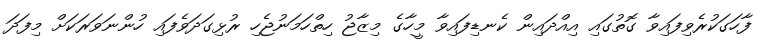
ފާހަގަކުރެވިފައިވާ ގޮތުގައި އިއްދައިން ކެނޑިފައިވާ މީހާގެ މިޒާޖު ހިތްހަމަނުޖެހި ރުޅިގަދަވެފައި ހުންނަވަރަކަށް މިފަދަ